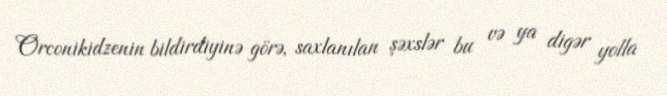
Orconikidzenin bildirdiyinə görə, saxlanılan şəxslər bu və ya digər yolla